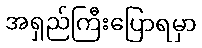
အရှည်ကြီးပြောရမှာ